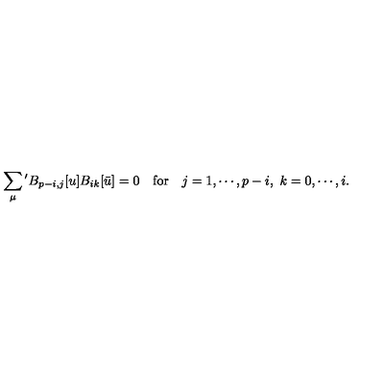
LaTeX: \sum _ { \mu } { } ^ { \prime } B _ { p - i , j } [ u ] B _ { i k } [ \bar { u } ] = 0 \quad \mathrm { f o r } \quad j = 1 , \cdots , p - i , \ k = 0 , \cdots , i .